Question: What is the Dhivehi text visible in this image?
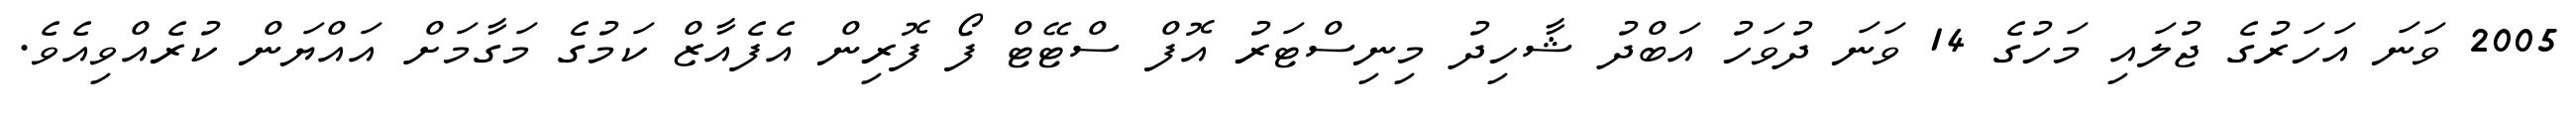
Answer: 2005 ވަނަ އަހަރުގެ ޖުލައި މަހުގެ 14 ވަނަ ދުވަހު އަބްދު ޝާހިދު މިނިސްޓަރު އޮފް ސްޓޭޓް ފޯ ފޮރިން އެފެއާޒް ކަމުގެ މަގާމަށް އައްޔަން ކުރެއްވިއެވެ.